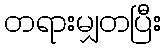
တရားမျှတပြီး